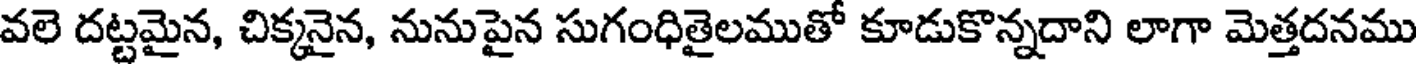
వలె దట్టమైన, చిక్కనైన, నునుపైన సుగంధితైలముతో కూడుకొన్నదాని లాగా మెత్తదనము